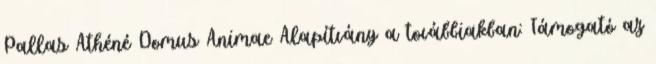
Pallas Athéné Domus Animae Alapítvány a továbbiakban: Támogató az